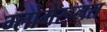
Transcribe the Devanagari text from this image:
ग्लोमेरूलस